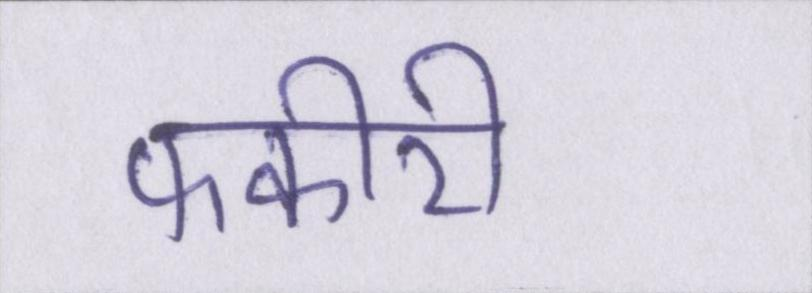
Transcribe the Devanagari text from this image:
फकीरी